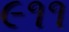
૯૧૧